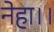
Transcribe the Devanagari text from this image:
नेहा।।